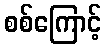
စစ်ကြောင့်